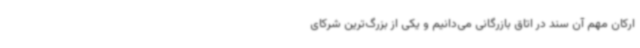
ارکان مهم آن سند در اتاق بازرگانی می‌دانیم و یکی از بزرگ‌ترین شرکای